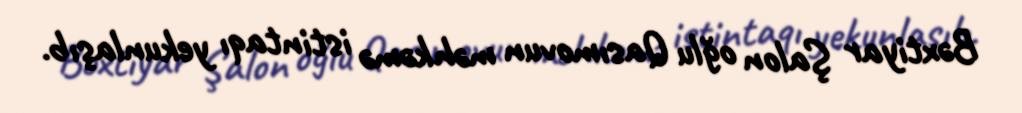
Bəxtiyar Şalon oğlu Qasımovun məhkəmə istintaqı yekunlaşıb.